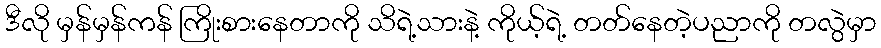
ဒီလို မှန်မှန်ကန် ကြိုးစားနေတာကို သိရဲ့သားနဲ့ ကိုယ့်ရဲ့ တတ်နေတဲ့ပညာကို တလွဲမှာ